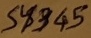
Text: S4345